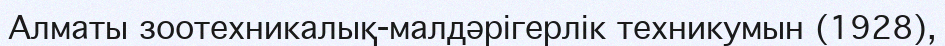
Алматы зоотехникалық-малдәрігерлік техникумын (1928),